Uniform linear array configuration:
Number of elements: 64
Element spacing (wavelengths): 1
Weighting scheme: blackman
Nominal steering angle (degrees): -45
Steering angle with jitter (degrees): -43.099
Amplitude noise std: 0.05
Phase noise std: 0.05

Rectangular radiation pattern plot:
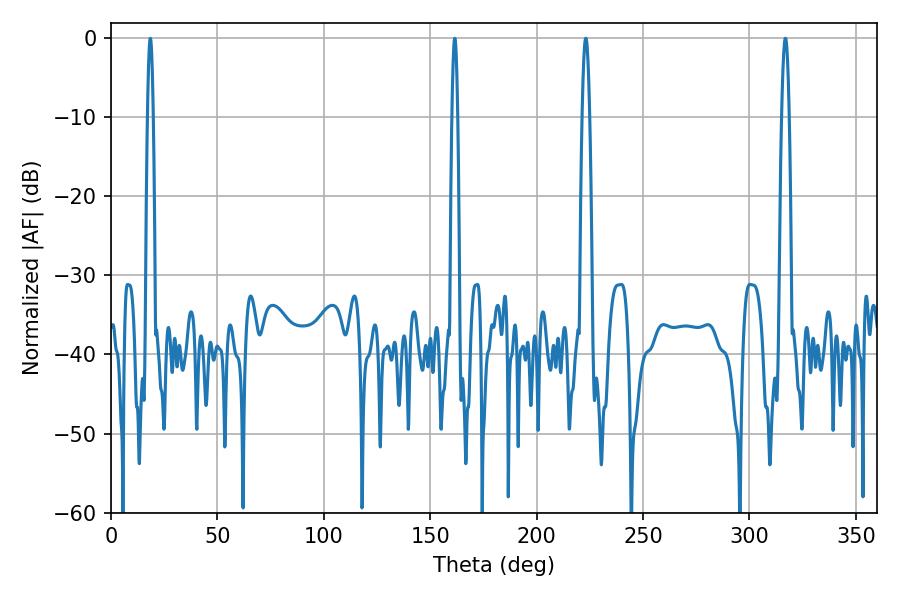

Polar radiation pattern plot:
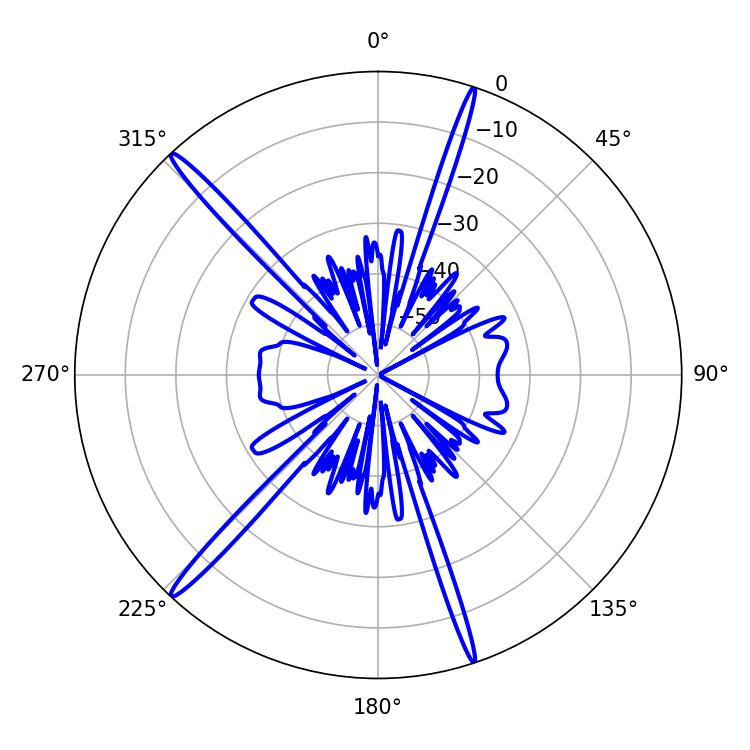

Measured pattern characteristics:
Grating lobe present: TRUE
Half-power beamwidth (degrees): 1.98
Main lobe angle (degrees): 223.02